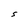
Character: S